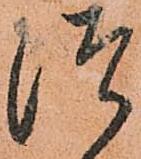
つ